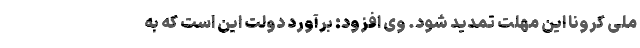
ملی کرونا این مهلت تمدید شود. وی افزود: برآورد دولت این است که به